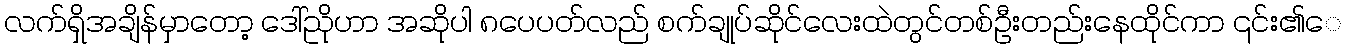
လက်ရှိအချိန်မှာတော့ ဒေါ်ညိုဟာ အဆိုပါ ၈ပေပတ်လည် စက်ချုပ်ဆိုင်လေးထဲတွင်တစ်ဦးတည်းနေထိုင်ကာ ၎င်း၏ေ